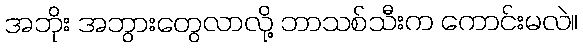
အဘိုး အဘွားတွေလာလို့ ဘာသစ်သီးက ကောင်းမလဲ။